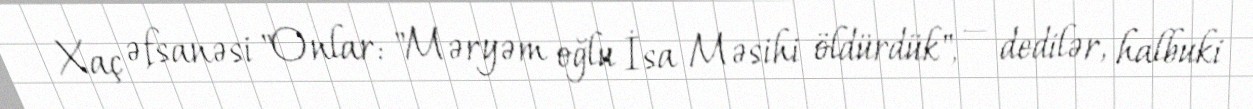
Xaç əfsanəsi "Onlar: "Məryəm oğlu İsa Məsihi öldürdük", — dedilər, halbuki